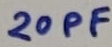
Text: 20PF